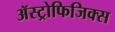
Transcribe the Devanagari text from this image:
ॲस्ट्रोफिजिक्‍स